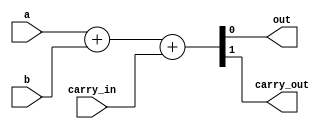
`timescale 1ns / 1ps

module full_adder(
    input  wire a,
    input  wire b,
    input  wire carry_in,
    output wire out,
    output wire carry_out
    );

`ifndef simple_logic 

assign {carry_out, out} = a + b + carry_in;

`else

assign carry_out =  a && b || a && carry_in || b && carry_in;

assign out       =  a && !b && !carry_in || !a && b && !carry_in ||
                   !a && !b &&  carry_in ||  a && b &&  carry_in; 
 
`endif

endmodule